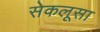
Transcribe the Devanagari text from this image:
सेकलूसा